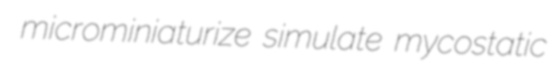
microminiaturize simulate mycostatic